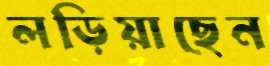
লড়িয়াছেন